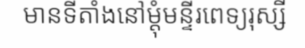
មានទីតាំងនៅម្តុំមន្ទីរពេទ្យរុស្សី